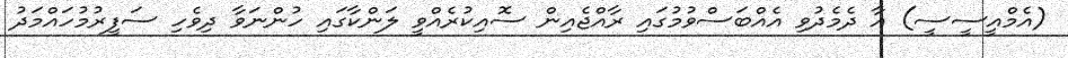
(އެމްއީސީސީ) އާ ދެމެދުވި އެއްބަސްވުމުގައި ރާއްޖެއިން ސޮއިކުރެއްވީ ލަންކާގައި ހުންނަވާ ދިވެހި ސަފީރުމުހައްމަދު